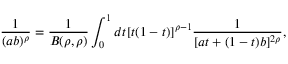
\frac { 1 } { ( a b ) ^ { \rho } } = \frac { 1 } { B ( \rho , \rho ) } \int _ { 0 } ^ { 1 } d t [ t ( 1 - t ) ] ^ { \rho - 1 } \frac { 1 } { [ a t + ( 1 - t ) b ] ^ { 2 \rho } } ,